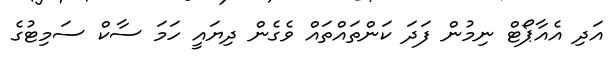
އަދި އެއާޕޯޓް ނިމުން ފަދަ ކަންތައްތައް ވެގެން ދިޔައީ ހަމަ ސާކް ސަމިޓުގެ